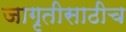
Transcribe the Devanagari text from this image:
जागृतीसाठीच